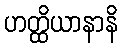
ဟတ္ထိယာနာနိ